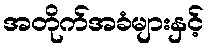
အတိုက်အခံများနှင့်